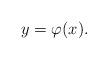
LaTeX: \begin{align*}y=\varphi(x).\end{align*}